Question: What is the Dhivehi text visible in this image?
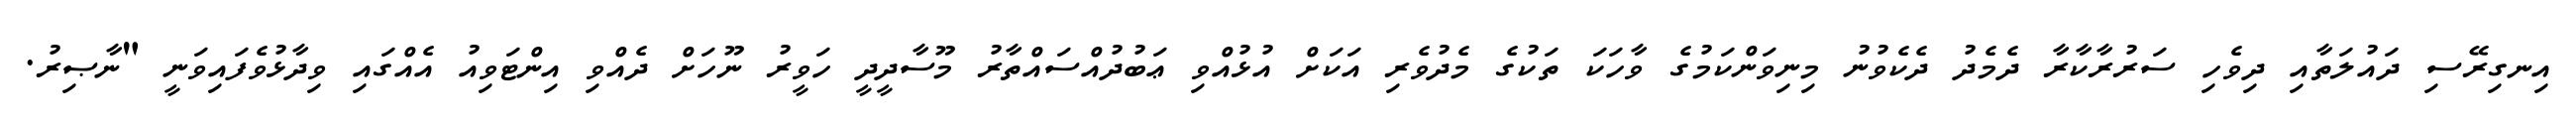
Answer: އިނގިރޭސި ދައުލަތާއި ދިވެހި ސަރުރާކާރާ ދެމެދު ދެކެވުނު މިނިވަންކަމުގެ ވާހަކަ ތަކުގެ މެދުވެރި އަކަށް އުޅުއްވި ޢަބުދުއްސައްތާރު މޫސާދީދީ ހަވީރު ނޫހަށް ދެއްވި އިންޓަވިއު އެއްގައި ވިދާޅުވެފައިވަނީ "ނާޞިރު.